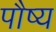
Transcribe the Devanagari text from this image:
पौष्य